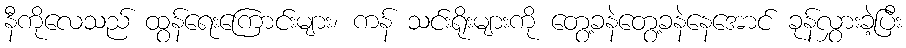
နီကိုလေသည် ထွန်ရေးကြောင်းများ၊ ကန် သင်းရိုးများကို တွေ့ခနဲတွေ့ခနဲနေအောင် ခုန်လွှားခဲ့ပြီး